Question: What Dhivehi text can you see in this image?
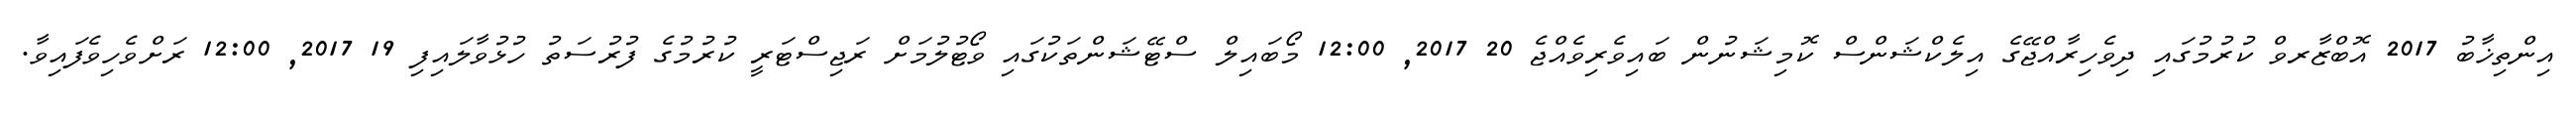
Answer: އިންތިޚާބު 2017 އޮބްޒާރވް ކުރުމުގައި ދިވެހިރާއްޖޭގެ އިލެކްޝަންސް ކޮމިޝަނުން ބައިވެރިވެއްޖެ 20 2017, 12:00 މޯބައިލް ސްޓޭޝަންތަކުގައި ވޯޓުލުމަށް ރަޖިސްޓަރީ ކުރުމުގެ ފުރުސަތު ހުޅުވާލައިފި 19 2017, 12:00 ރަށްވެހިވެފައިވާ.